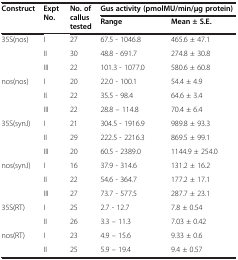
<table><thead><tr><td rowspan="2"><b>Construct</b></td><td rowspan="2"><b>Expt No.</b></td><td rowspan="2"><b>No. of callus tested</b></td><td colspan="2"><b>Gus activity (pmolMU/min/μg protein)</b></td></tr><tr><td><b>Range</b></td><td><b>Mean ± S.E.</b></td></tr></thead><tbody><tr><td rowspan="3">35S(nos)</td><td>I</td><td>27</td><td>67.5 - 1046.8</td><td>465.6 ± 47.1</td></tr><tr><td>II</td><td>30</td><td>48.8 - 691.7</td><td>274.8 ± 30.8</td></tr><tr><td>III</td><td>22</td><td>101.3 - 1077.0</td><td>580.6 ± 60.8</td></tr><tr><td rowspan="3">nos(nos)</td><td>I</td><td>20</td><td>22.0 - 100.1</td><td>54.4 ± 4.9</td></tr><tr><td>II</td><td>22</td><td>35.5 - 98.4</td><td>64.6 ± 3.4</td></tr><tr><td>III</td><td>22</td><td>28.8 – 114.8</td><td>70.4 ± 6.4</td></tr><tr><td rowspan="3">35S(synJ)</td><td>I</td><td>21</td><td>304.5 - 1916.9</td><td>989.8 ± 93.3</td></tr><tr><td>II</td><td>29</td><td>222.5 - 2216.3</td><td>869.5 ± 99.1</td></tr><tr><td>III</td><td>20</td><td>60.5 - 2389.0</td><td>1144.9 ± 254.0</td></tr><tr><td rowspan="3">nos(synJ)</td><td>I</td><td>16</td><td>37.9 - 314.6</td><td>131.2 ± 16.2</td></tr><tr><td>II</td><td>22</td><td>54.6 - 364.7</td><td>177.2 ± 17.1</td></tr><tr><td>III</td><td>27</td><td>73.7 - 577.5</td><td>287.7 ± 23.1</td></tr><tr><td rowspan="2">35S(RT)</td><td>I</td><td>25</td><td>2.7 - 12.7</td><td>7.8 ± 0.54</td></tr><tr><td>II</td><td>26</td><td>3.3 – 11.3</td><td>7.03 ± 0.42</td></tr><tr><td rowspan="2">nos(RT)</td><td>I</td><td>23</td><td>4.9 – 15.6</td><td>9.33 ± 0.6</td></tr><tr><td>II</td><td>25</td><td>5.9 – 19.4</td><td>9.4 ± 0.57</td></tr></tbody></table>